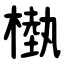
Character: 槸